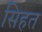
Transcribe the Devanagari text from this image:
सिहत